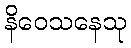
နိဝေသနေသု